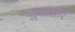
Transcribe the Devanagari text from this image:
सूत्राधार